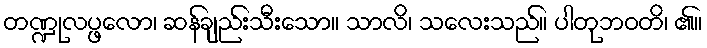
တဏ္ဍုလပ္ဖလော၊ ဆန်ချည်းသီးသော။ သာလိ၊ သလေးသည်။ ပါတုဘဝတိ၊ ၏။